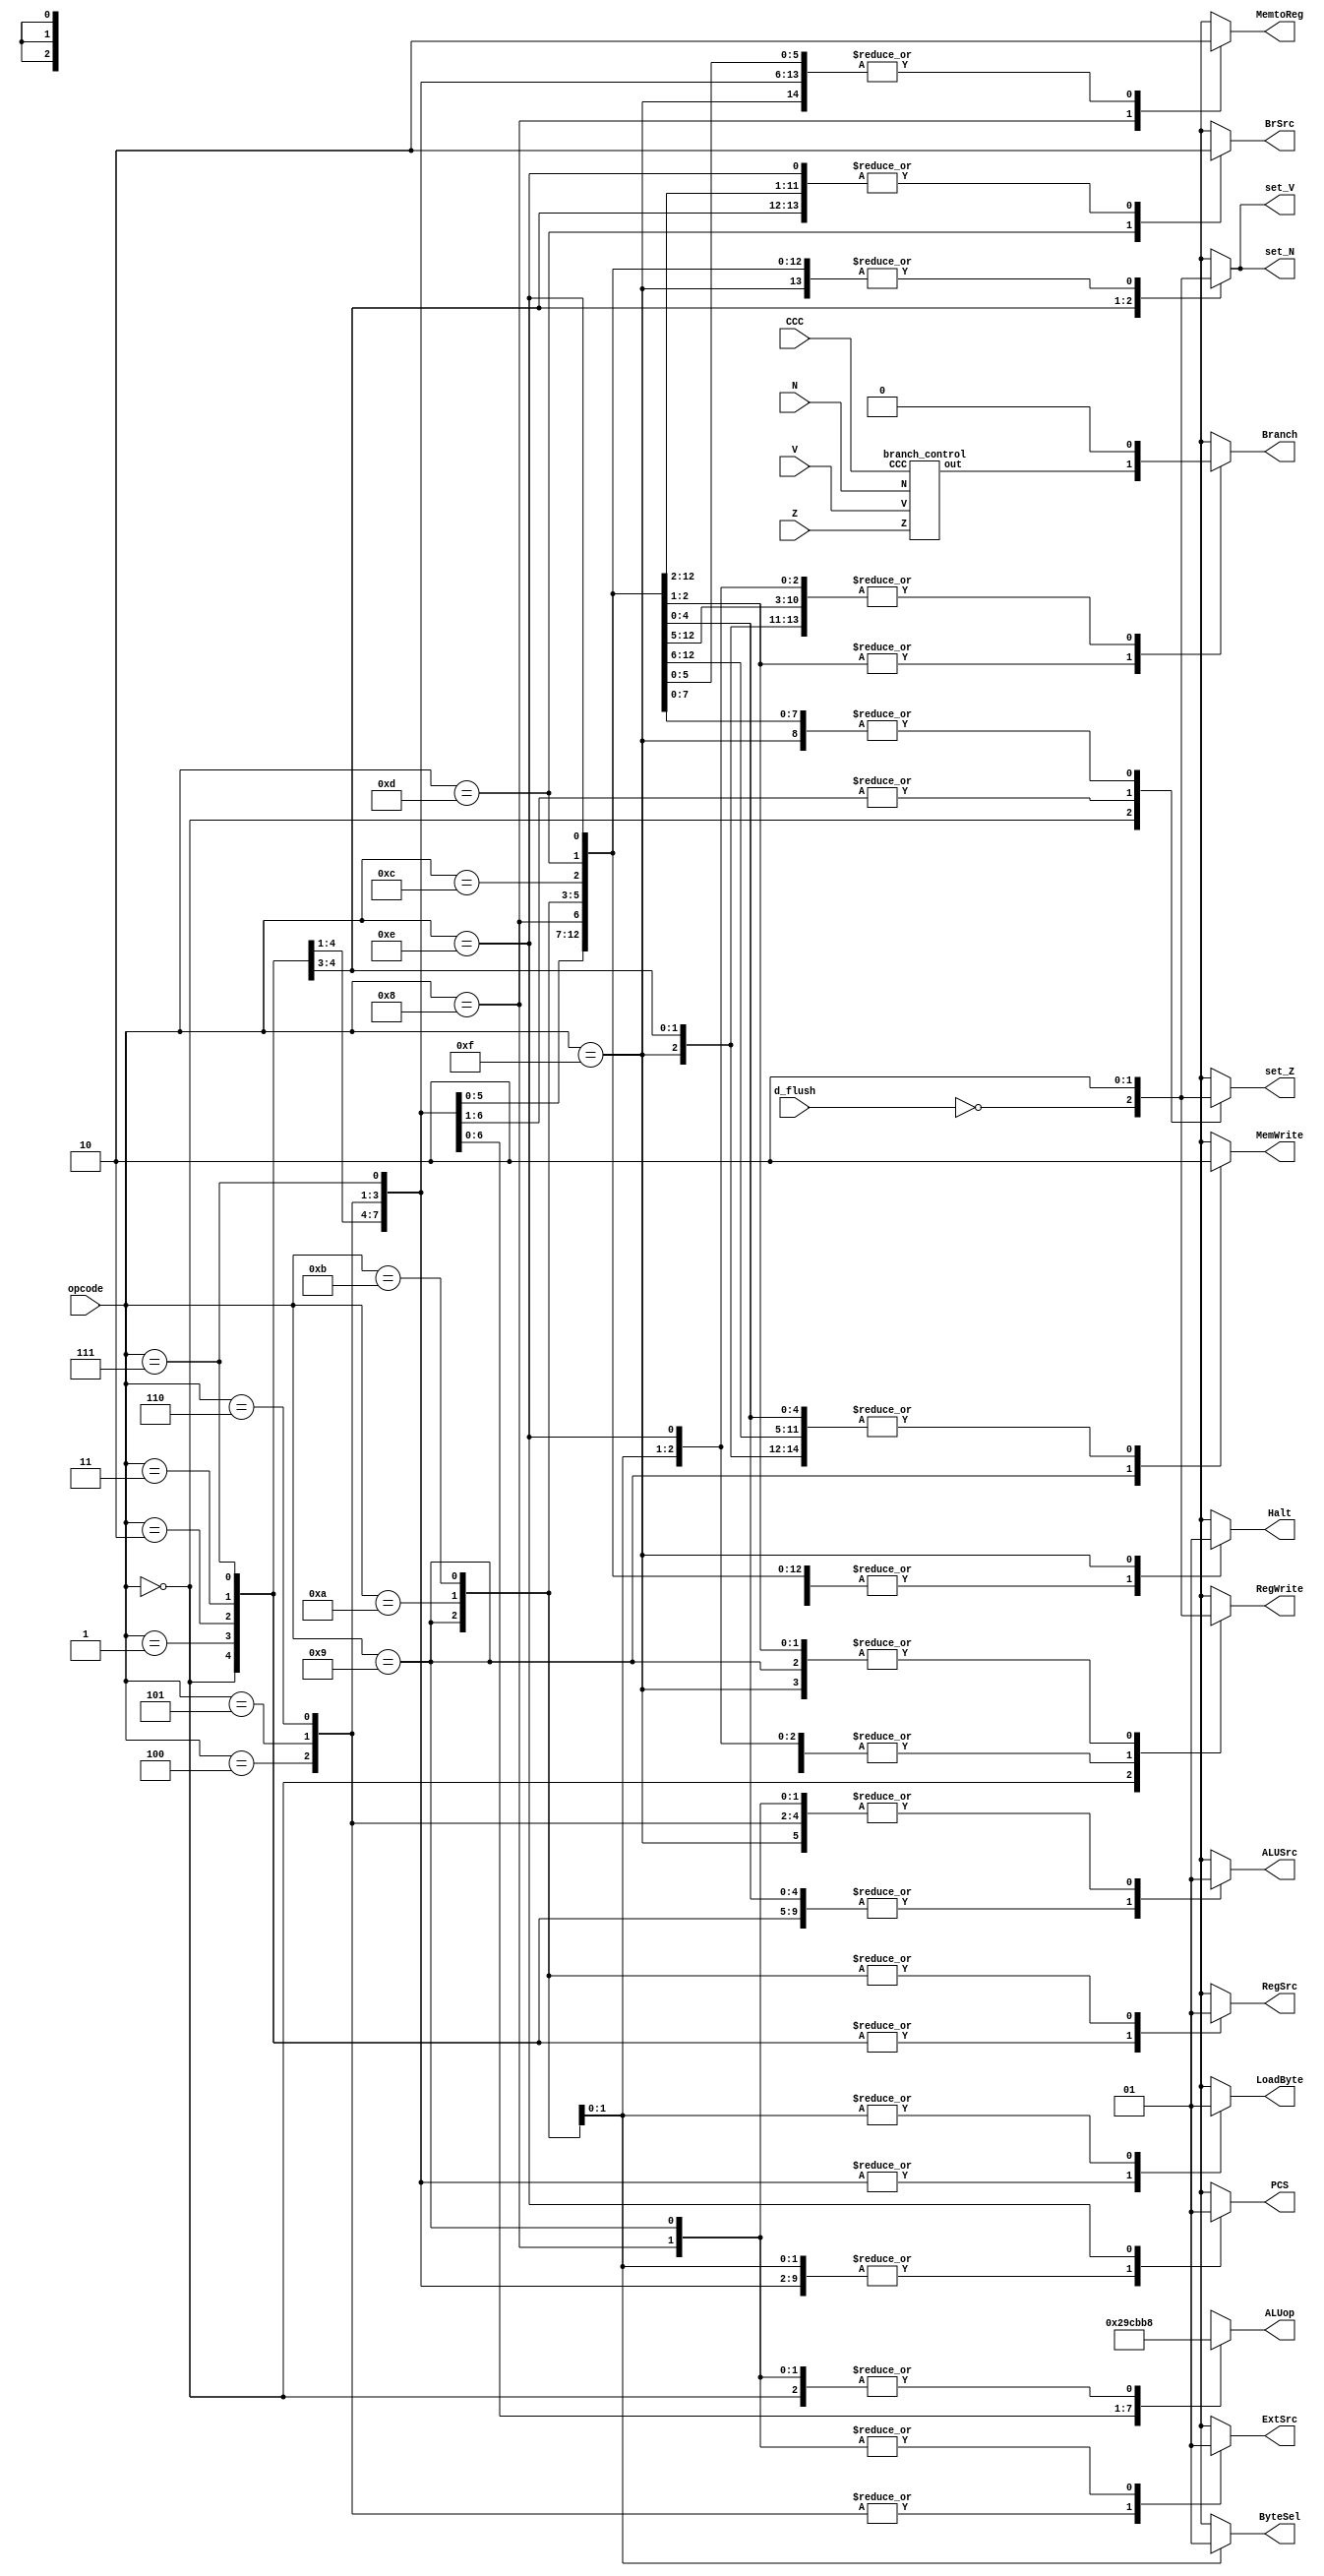
module Control(opcode, d_flush, CCC, N, Z, V, set_N, set_Z, set_V, Halt, RegSrc, RegWrite, ExtSrc, ByteSel, ALUSrc, MemWrite, LoadByte, PCS, MemtoReg, ALUop, BrSrc, Branch);
	
	input [3:0] opcode;
	input d_flush;
	input [2:0] CCC;
	input N, Z, V;
	output reg set_N, set_Z, set_V;
	output reg Halt, RegSrc, RegWrite, ExtSrc, ByteSel, ALUSrc, MemWrite, LoadByte, PCS, MemtoReg, BrSrc, Branch;
	output reg [2:0] ALUop;
	
	wire b_control;
	
	branch_control iB_control(.CCC(CCC), .N(N), .Z(Z), .V(V), .out(b_control));
	
	always @(*) begin
		case (opcode)
			4'b0000: begin // ADD
				Halt = 1'b0;
				RegSrc = 1'b0;
				RegWrite = ~d_flush;
				ExtSrc = 1'bx;
				ByteSel = 1'bx;
				ALUSrc = 1'b0;
				MemWrite = 1'b0;
				LoadByte = 1'b0;
				PCS = 1'b0;
				MemtoReg = 1'b0;
				ALUop = 3'b000;
				BrSrc = 1'b0;
				Branch = 1'b0;
				set_N = ~d_flush;
				set_V = ~d_flush;
				set_Z = ~d_flush;
			end
			
			4'b0001: begin // SUB
				Halt = 1'b0;
				RegSrc = 1'b0;
				RegWrite = 1'b1;
				ExtSrc = 1'bx;
				ByteSel = 1'bx;
				ALUSrc = 1'b0;
				MemWrite = 1'b0;
				LoadByte = 1'b0;
				PCS = 1'b0;
				MemtoReg = 1'b0;
				ALUop = 3'b001;
				BrSrc = 1'b0;
				Branch = 1'b0;
				set_N = 1'b1;
				set_V = 1'b1;
				set_Z = 1'b1;
			end
			
			4'b0010: begin // XOR
				Halt = 1'b0;
				RegSrc = 1'b0;
				RegWrite = 1'b1;
				ExtSrc = 1'bx;
				ByteSel = 1'bx;
				ALUSrc = 1'b0;
				MemWrite = 1'b0;
				LoadByte = 1'b0;
				PCS = 1'b0;
				MemtoReg = 1'b0;
				ALUop = 3'b010;
				BrSrc = 1'b0;
				Branch = 1'b0;
				set_N = 1'b0;
				set_V = 1'b0;
				set_Z = 1'b1;
			end
			
			4'b0011: begin // RED
				Halt = 1'b0;
				RegSrc = 1'b0;
				RegWrite = 1'b1;
				ExtSrc = 1'bx;
				ByteSel = 1'bx;
				ALUSrc = 1'b0;
				MemWrite = 1'b0;
				LoadByte = 1'b0;
				PCS = 1'b0;
				MemtoReg = 1'b0;
				ALUop = 3'b011;
				BrSrc = 1'b0;
				Branch = 1'b0;
				set_N = 1'b0;
				set_V = 1'b0;
				set_Z = 1'b1;
			end
			
			4'b0100: begin // SLL
				Halt = 1'b0;
				RegSrc = 1'bx;
				RegWrite = 1'b1;
				ExtSrc = 1'b0;
				ByteSel = 1'bx;
				ALUSrc = 1'b1;
				MemWrite = 1'b0;
				LoadByte = 1'b0;
				PCS = 1'b0;
				MemtoReg = 1'b0;
				ALUop = 3'b100;
				BrSrc = 1'b0;
				Branch = 1'b0;
				set_N = 1'b0;
				set_V = 1'b0;
				set_Z = 1'b1;
			end
			
			4'b0101: begin // SRA
				Halt = 1'b0;
				RegSrc = 1'bx;
				RegWrite = 1'b1;
				ExtSrc = 1'b0;
				ByteSel = 1'bx;
				ALUSrc = 1'b1;
				MemWrite = 1'b0;
				LoadByte = 1'b0;
				PCS = 1'b0;
				MemtoReg = 1'b0;
				ALUop = 3'b101;
				BrSrc = 1'b0;
				Branch = 1'b0;
				set_N = 1'b0;
				set_V = 1'b0;
				set_Z = 1'b1;
			end
			
			4'b0110: begin // ROR
				Halt = 1'b0;
				RegSrc = 1'bx;
				RegWrite = 1'b1;
				ExtSrc = 1'b0;
				ByteSel = 1'bx;
				ALUSrc = 1'b1;
				MemWrite = 1'b0;
				LoadByte = 1'b0;
				PCS = 1'b0;
				MemtoReg = 1'b0;
				ALUop = 3'b110;
				BrSrc = 1'b0;
				Branch = 1'b0;
				set_N = 1'b0;
				set_V = 1'b0;
				set_Z = 1'b1;
			end
			
			4'b0111: begin // PADDSB
				Halt = 1'b0;
				RegSrc = 1'b0;
				RegWrite = 1'b1;
				ExtSrc = 1'bx;
				ByteSel = 1'bx;
				ALUSrc = 1'b0;
				MemWrite = 1'b0;
				LoadByte = 1'b0;
				PCS = 1'b0;
				MemtoReg = 1'b0;
				ALUop = 3'b111;
				BrSrc = 1'b0;
				Branch = 1'b0;
				set_N = 1'b0;
				set_V = 1'b0;
				set_Z = 1'b0;
			end
			
			4'b1000: begin // LW
				Halt = 1'b0;
				RegSrc = 1'bx;
				RegWrite = 1'b1;
				ExtSrc = 1'b1;
				ByteSel = 1'bx;
				ALUSrc = 1'b1;
				MemWrite = 1'b0;
				LoadByte = 1'bx;
				PCS = 1'bx;
				MemtoReg = 1'b1;
				ALUop = 3'b000;
				BrSrc = 1'b0;
				Branch = 1'b0;
				set_N = 1'b0;
				set_V = 1'b0;
				set_Z = 1'b0;
			end
			
			4'b1001: begin // SW
				Halt = 1'b0;
				RegSrc = 1'b1;
				RegWrite = 1'b0;
				ExtSrc = 1'b1;
				ByteSel = 1'bx;
				ALUSrc = 1'b1;
				MemWrite = 1'b1;
				LoadByte = 1'bx;
				PCS = 1'bx;
				MemtoReg = 1'b0;
				ALUop = 3'b000;
				BrSrc = 1'b0;
				Branch = 1'b0;
				set_N = 1'b0;
				set_V = 1'b0;
				set_Z = 1'b0;
			end
			
			4'b1010: begin // LLB
				Halt = 1'b0;
				RegSrc = 1'b1;
				RegWrite = 1'b1;
				ExtSrc = 1'bx;
				ByteSel = 1'b0;
				ALUSrc = 1'b0;
				MemWrite = 1'b0;
				LoadByte = 1'b1;
				PCS = 1'b0;
				MemtoReg = 1'b0;
				ALUop = 3'bxxx;
				BrSrc = 1'b0;
				Branch = 1'b0;
				set_N = 1'b0;
				set_V = 1'b0;
				set_Z = 1'b0;
			end
			
			4'b1011: begin // LHB
				Halt = 1'b0;
				RegSrc = 1'b1;
				RegWrite = 1'b1;
				ExtSrc = 1'bx;
				ByteSel = 1'b1;
				ALUSrc = 1'b0;
				MemWrite = 1'b0;
				LoadByte = 1'b1;
				PCS = 1'b0;
				MemtoReg = 1'b0;
				ALUop = 3'bxxx;
				BrSrc = 1'b0;
				Branch = 1'b0;
				set_N = 1'b0;
				set_V = 1'b0;
				set_Z = 1'b0;
			end
			
			4'b1100: begin // B
				Halt = 1'b0;
				RegSrc = 1'bx;
				RegWrite = 1'b0;
				ExtSrc = 1'bx;
				ByteSel = 1'bx;
				ALUSrc = 1'b0;
				MemWrite = 1'b0;
				LoadByte = 1'bx;
				PCS = 1'bx;
				MemtoReg = 1'b0;
				ALUop = 3'bxxx;
				BrSrc = 1'b0;
				Branch = b_control;
				set_N = 1'b0;
				set_V = 1'b0;
				set_Z = 1'b0;
			end
			
			4'b1101: begin // BR
				Halt = 1'b0;
				RegSrc = 1'bx;
				RegWrite = 1'b0;
				ExtSrc = 1'bx;
				ByteSel = 1'bx;
				ALUSrc = 1'b0;
				MemWrite = 1'b0;
				LoadByte = 1'bx;
				PCS = 1'bx;
				MemtoReg = 1'b0;
				ALUop = 3'bxxx;
				BrSrc = 1'b1;
				Branch = b_control;
				set_N = 1'b0;
				set_V = 1'b0;
				set_Z = 1'b0;
			end
			
			4'b1110: begin // PCS
				Halt = 1'b0;
				RegSrc = 1'bx;
				RegWrite = 1'b1;
				ExtSrc = 1'bx;
				ByteSel = 1'bx;
				ALUSrc = 1'b0;
				MemWrite = 1'b0;
				LoadByte = 1'bx;
				PCS = 1'b1;
				MemtoReg = 1'b0;
				ALUop = 3'bxxx;
				BrSrc = 1'b0;
				Branch = 1'b0;
				set_N = 1'b0;
				set_V = 1'b0;
				set_Z = 1'b0;
			end
			
			4'b1111: begin // HLT
				Halt = 1'b1;
				RegSrc = 1'bx;
				RegWrite = 1'b0;
				ExtSrc = 1'bx;
				ByteSel = 1'bx;
				ALUSrc = 1'b1;
				MemWrite = 1'b0;
				LoadByte = 1'bx;
				PCS = 1'bx;
				MemtoReg = 1'b0;
				ALUop = 3'bxxx;
				BrSrc = 1'bx;
				Branch = 1'b0;
				set_N = 1'b0;
				set_V = 1'b0;
				set_Z = 1'b0;
			end
			
			default: begin // HLT
				Halt = 1'b1;
				RegSrc = 1'bx;
				RegWrite = 1'b0;
				ExtSrc = 1'bx;
				ByteSel = 1'bx;
				ALUSrc = 1'b1;
				MemWrite = 1'b0;
				LoadByte = 1'bx;
				PCS = 1'bx;
				MemtoReg = 1'b0;
				ALUop = 3'bxxx;
				BrSrc = 1'bx;
				Branch = 1'b0;
				set_N = 1'b0;
				set_V = 1'b0;
				set_Z = 1'b0;
			end
		endcase
	end
endmodule

module branch_control(CCC, N, Z, V, out);

	input [2:0] CCC;
	input N, Z, V;
	output reg out;

	always @(*) begin
		case (CCC)
			3'b000: begin out = (Z == 1'b0); end
			3'b001: begin out = (Z == 1'b1); end
			3'b010: begin out = ((Z == 1'b0) | (N == 1'b0)); end
			3'b011: begin out = (N == 1'b1); end
			3'b100: begin out = ((Z == 1'b1) | ((N == 1'b0) & (Z == 1'b0))); end
			3'b101: begin out = ((N == 1'b1) | (Z == 1'b1)); end
			3'b110: begin out = (V == 1'b1); end
			3'b111: begin out = 1'b1; end
			default: begin out = 1'bx; end
		endcase
	end
	
endmodule